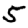
Digit: 5